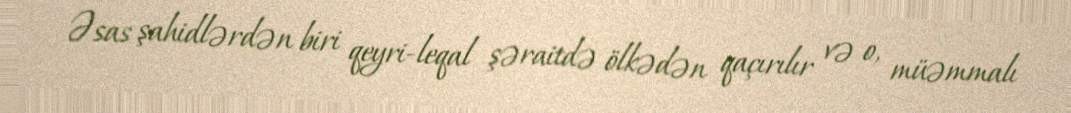
Əsas şahidlərdən biri qeyri-leqal şəraitdə ölkədən qaçırılır və o, müəmmalı